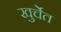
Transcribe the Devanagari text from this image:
खुर्चेत